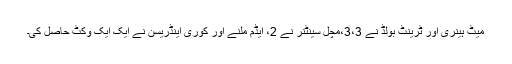
میٹ ہینری اور ٹرینٹ بولڈ نے 3،3،مچل سینٹنر نے 2، ایڈم ملنے اور کوری اینڈریسن نے ایک ایک وکٹ حاصل کی۔